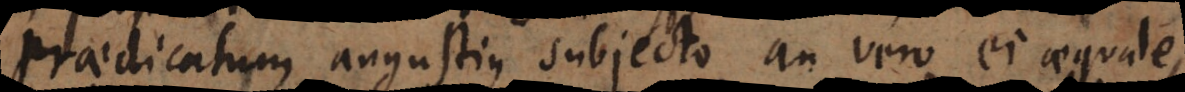
praedicatum angustius subjecto an vero ei aequale,